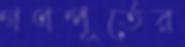
গণপূর্তের